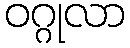
ဝဂ္ဂုလာ